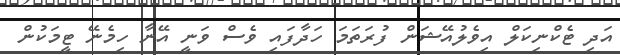
އަދި ޓެކްނިކަލް އިވެލުއޭޝަން ފުރަތަމަ ހަދާފައި ވެސް ވަނީ އޭނާ ހިމެނޭ ޓީމަކުން